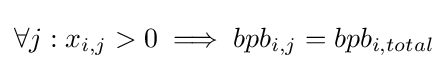
\forall j:x_{i,j}>0\implies bpb_{i,j}=bpb_{i,total}